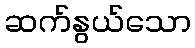
ဆက်နွယ်သော